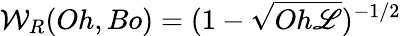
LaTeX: {\mathcal{W}}_{R}(Oh,Bo)={(1-\sqrt{Oh{\mathscr{L}}})^{-1/2}}